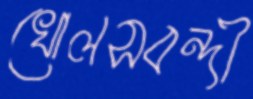
খোলসবন্দী